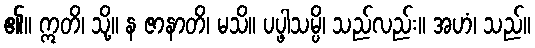
၏။ ဣတိ၊ သို့။ န ဇာနာတိ၊ မသိ။ ပပ္ဖါသမ္ပိ၊ သည်လည်း။ အဟံ၊ သည်။